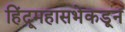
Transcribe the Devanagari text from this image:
हिंदूमहासभेकडून